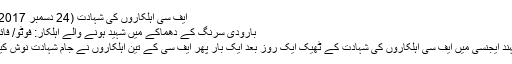
ایف سی اہلکاروں کی شہادت (24 دسمبر 2017)
بارودی سرنگ کے دھماکے میں شہید ہونے والے اہلکار: فوٹو/ فائل
مہند ایجنسی میں ایف سی اہلکاروں کی شہادت کے ٹھیک ایک روز بعد ایک بار پھر ایف سی کے تین اہلکاروں نے جام شہادت نوش کیا۔